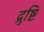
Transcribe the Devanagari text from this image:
द्रुष्टि